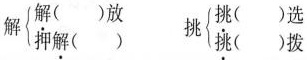
解\left\{\begin{matrix}\underset{·}{解}()放\\押\underset{·}{解}\end{matrix}\right.挑\left\{\begin{matrix}\underset{·}{挑}()选\\挑\underset{·}{拨}\end{matrix}\right.